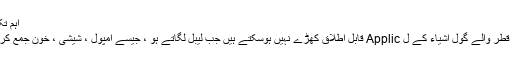
اہم تکنیکی پیرامیٹرز ماڈل نمبر JT-215H لیبل اونچائی…
پروڈکٹ کی تفصیل 1. درخواست کا دائرہ کار: چھوٹے قطر والے گول اشیاء کے ل Applic قابل اطلاق کھڑے نہیں ہوسکتے ہیں جب لیبل لگاتے ہو ، جیسے امپول ، شیشی ، خون جمع کرنے والے ٹیوب ، قلم ، ساسیج اور اسی طرح کی چیزیں۔